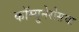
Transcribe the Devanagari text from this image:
कॉम्युनेरोसचा